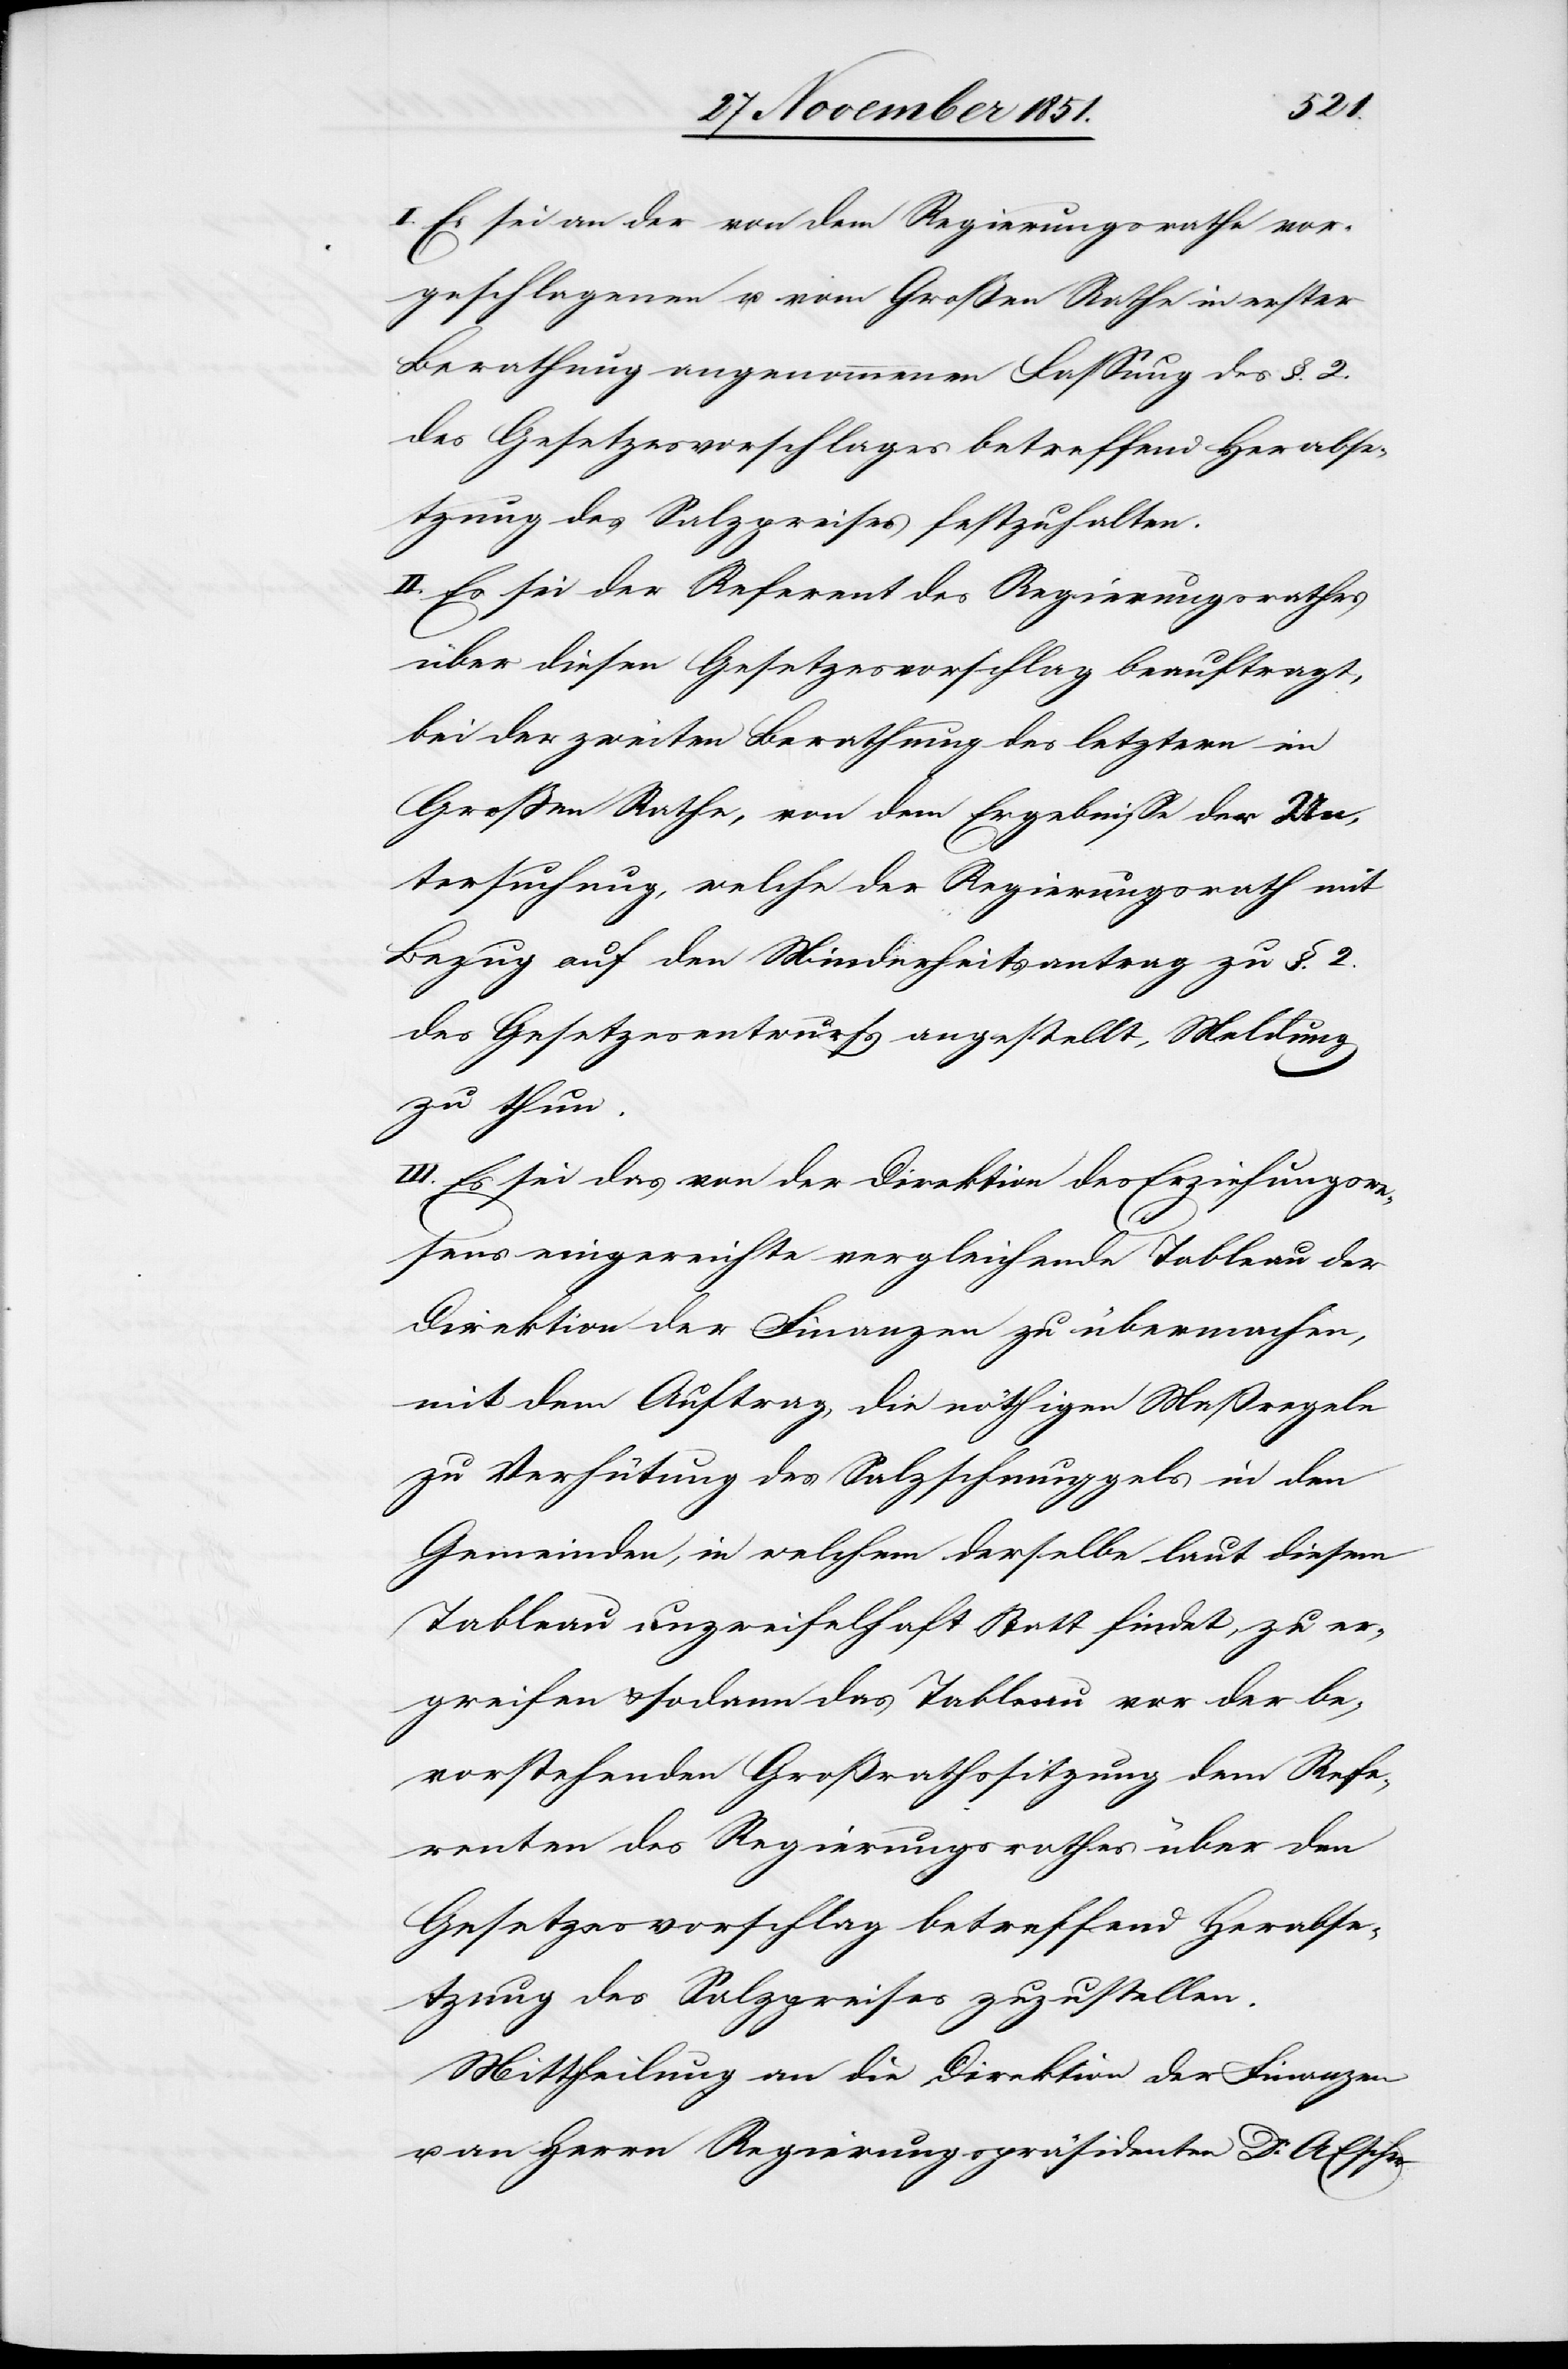
Es sei an der von dem Regierungsrathe vor¬
geschlagenen u. vom Großen Rathe in erster
Berathung angenommenen Fassung des §. 2.
des Gesetzesvorschlages betreffend Herabse¬
tzung des Salzpreises festzuhalten.
II. Es sei der Referent des Regierungsrathes
über diesen Gesetzesvorschlag beauftragt,
bei der zweiten Berathung des letztern im
Großen Rathe, von dem Ergebnisse der Un¬
tersuchung, welche der Regierungsrath mit
Bezug auf den Minderheitsantrag zu §. 2.
des Gesetzesentwurfs angestellt, Meldung
zu thun.
III. Es sei das von der Direktion des Erziehungswe¬
sens eingereichte vergleichende Tableau der
Direktion der Finanzen zu übermachen,
mit dem Auftrag, die nöthigen Maßregeln
zu Verhütung des Salzschmuggels in den
Gemeinden, in welchem [recte: welchen] derselbe laut diesem
Tableau unzweifelhaft Statt findet, zu er¬
greifen & sodann das Tableau vor der be¬
vorstehenden Großrathssitzung dem Refe¬
renten des Regierungsrathes über den
Gesetzesvorschlag betreffend Herabse¬
tzung des Salzpreises zuzustellen.
Mittheilung an die Direktion der Finanzen
u. an Herrn Regierungspräsidenten Dr. A. Escher